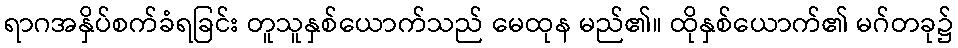
ရာဂအနှိပ်စက်ခံရခြင်း တူသူနှစ်ယောက်သည် မေထုန မည်၏။ ထိုနှစ်ယောက်၏ မဂ်တခု၌